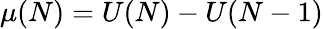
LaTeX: \mu(N)=U(N)-U(N-1)